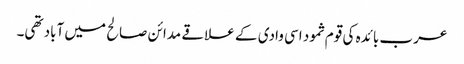
عرب بائدہ کی قوم ثمود اسی وادی کے علاقے مدائن صالح میں آباد تھی۔